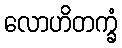
လောဟိတက္ခံ